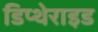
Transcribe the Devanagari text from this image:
डिप्थेराइड